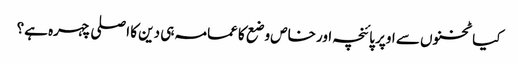
کیا ٹخنوں سے اوپر پائنچہ اور خاص وضع کا عمامہ ہی دین کا اصلی چہرہ ہے؟